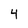
Character: 4